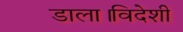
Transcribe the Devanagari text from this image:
डाला।विदेशी